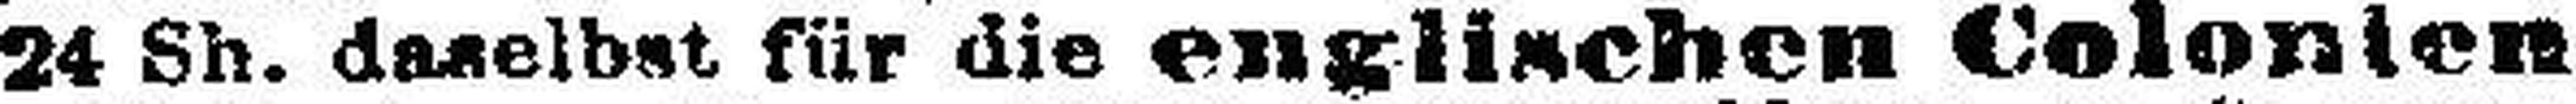
24 Sh. daselbst für die englischen Colonien